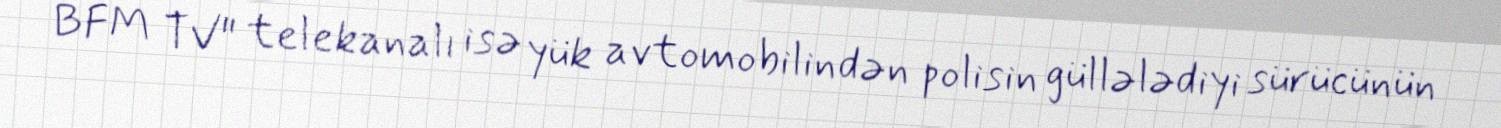
BFM TV" telekanalı isə yük avtomobilindən polisin güllələdiyi sürücünün